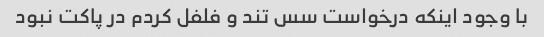
با وجود اینکه درخواست سس تند و فلفل کردم در پاکت نبود